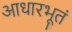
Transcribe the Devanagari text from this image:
आधारभूतं